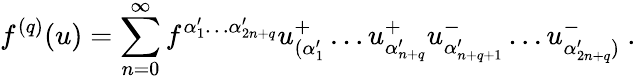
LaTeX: f^{(q)}(u)=\sum_{n=0}^{\infty}f^{\alpha_{1}^{\prime}\ldots\alpha_{2n+q}^{\prime}}u_{(\alpha_{1}^{\prime}}^{+}\ldots u_{\alpha_{n+q}^{\prime}}^{+}u_{\alpha_{n+q+1}^{\prime}}^{-}\ldots u_{\alpha_{2n+q}^{\prime})}^{-}\ .